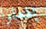
إفعلوا